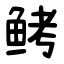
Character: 鲓